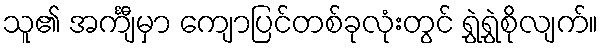
သူ၏ အင်္ကျီမှာ ကျောပြင်တစ်ခုလုံးတွင် ရွှဲရွှဲစိုလျက်။